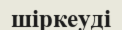
шіркеуді